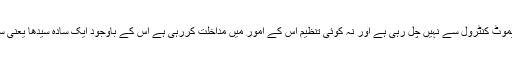
وزیر اعظم نریندر مودی اور ان کے کابینی رفقاء لاکھ مرتبہ کہہ دیں کہ حکومت کسی کے ریموٹ کنٹرول سے نہیں چل رہی ہے اور نہ کوئی تنظیم اس کے امور میں مداخلت کررہی ہے اس کے باوجود ایک سادہ سیدھا یعنی سادہ ذہن ہندوستانی بھی یہ کہہ سکتا ہے کہ مودی حکومت پر آر ایس ایس کا مکمل کنٹرول ہے۔